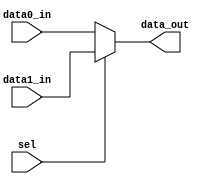
module MUX2_32bit(data0_in,data1_in,sel,data_out);

input [31:0] data0_in, data1_in;
input sel;
output [31:0] data_out;

assign data_out = (sel) ? data1_in : data0_in;

endmodule